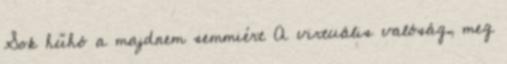
Sok hűhó a majdnem semmiért A virtuális valóság, meg